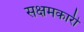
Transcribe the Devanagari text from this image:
सक्षमकारी